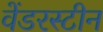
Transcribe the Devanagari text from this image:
वेंडरस्टीन